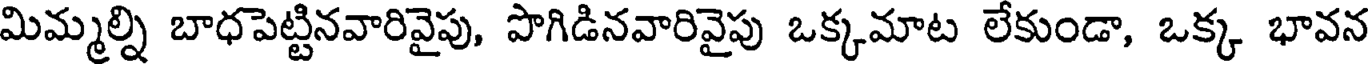
మిమ్మల్ని బాధపెట్టినవారివైపు, పొగిడినవారివైపు ఒక్కమాట లేకుండా, ఒక్క భావన